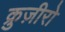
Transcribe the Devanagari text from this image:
क्रुज़ीरो